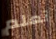
تعلم